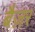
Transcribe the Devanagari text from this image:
बैज़र